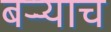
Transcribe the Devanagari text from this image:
बऱ्र्‍याच